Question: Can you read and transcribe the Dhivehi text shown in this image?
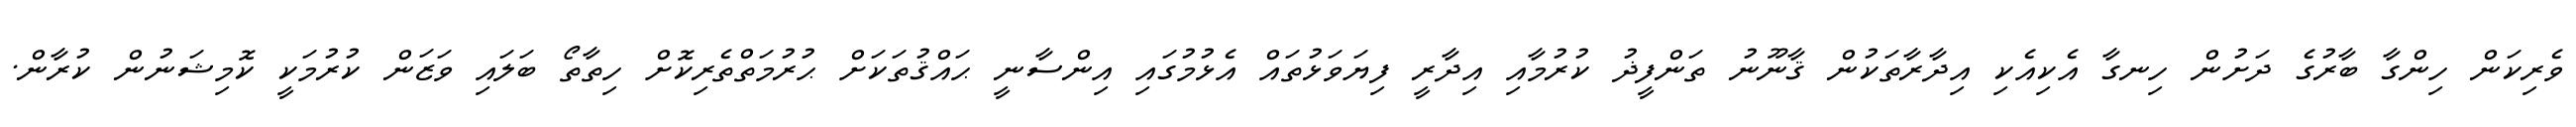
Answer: ވެރިކަން ހިންގާ ބާރުގެ ދަށުން ހިނގާ އެކިއެކި އިދާރާތަކުން ޤާނޫނު ތަންފީޛު ކުރުމާއި އިދާރީ ފިޔަވަޅުތައް އެޅުމުގައި އިންސާނީ ޙައްޤުތަކަށް ޙުރުމަތްތެރިކޮށް ހިތާތޯ ބަލައި ވަޒަން ކުރުމަކީ ކޮމިޝަނުން ކުރާން.